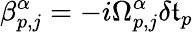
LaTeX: \beta_{p,j}^{\alpha}=-i\Omega_{p,j}^{\alpha}\delta\mathfrak{t}_{p}